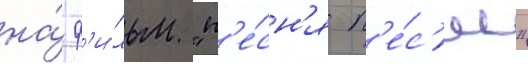
на́ ф'и́льм "п'е́сн'я п'е́с'ен"